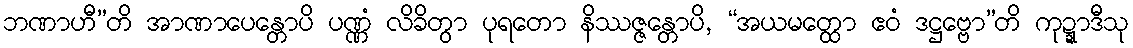
ဘဏာဟီ”တိ အာဏာပေန္တောပိ ပဏ္ဏံ လိခိတွာ ပုရတော နိဿဇ္ဇန္တောပိ, “အယမတ္ထော ဧဝံ ဒဋ္ဌဗ္ဗော”တိ ကုဍ္ဍာဒီသု